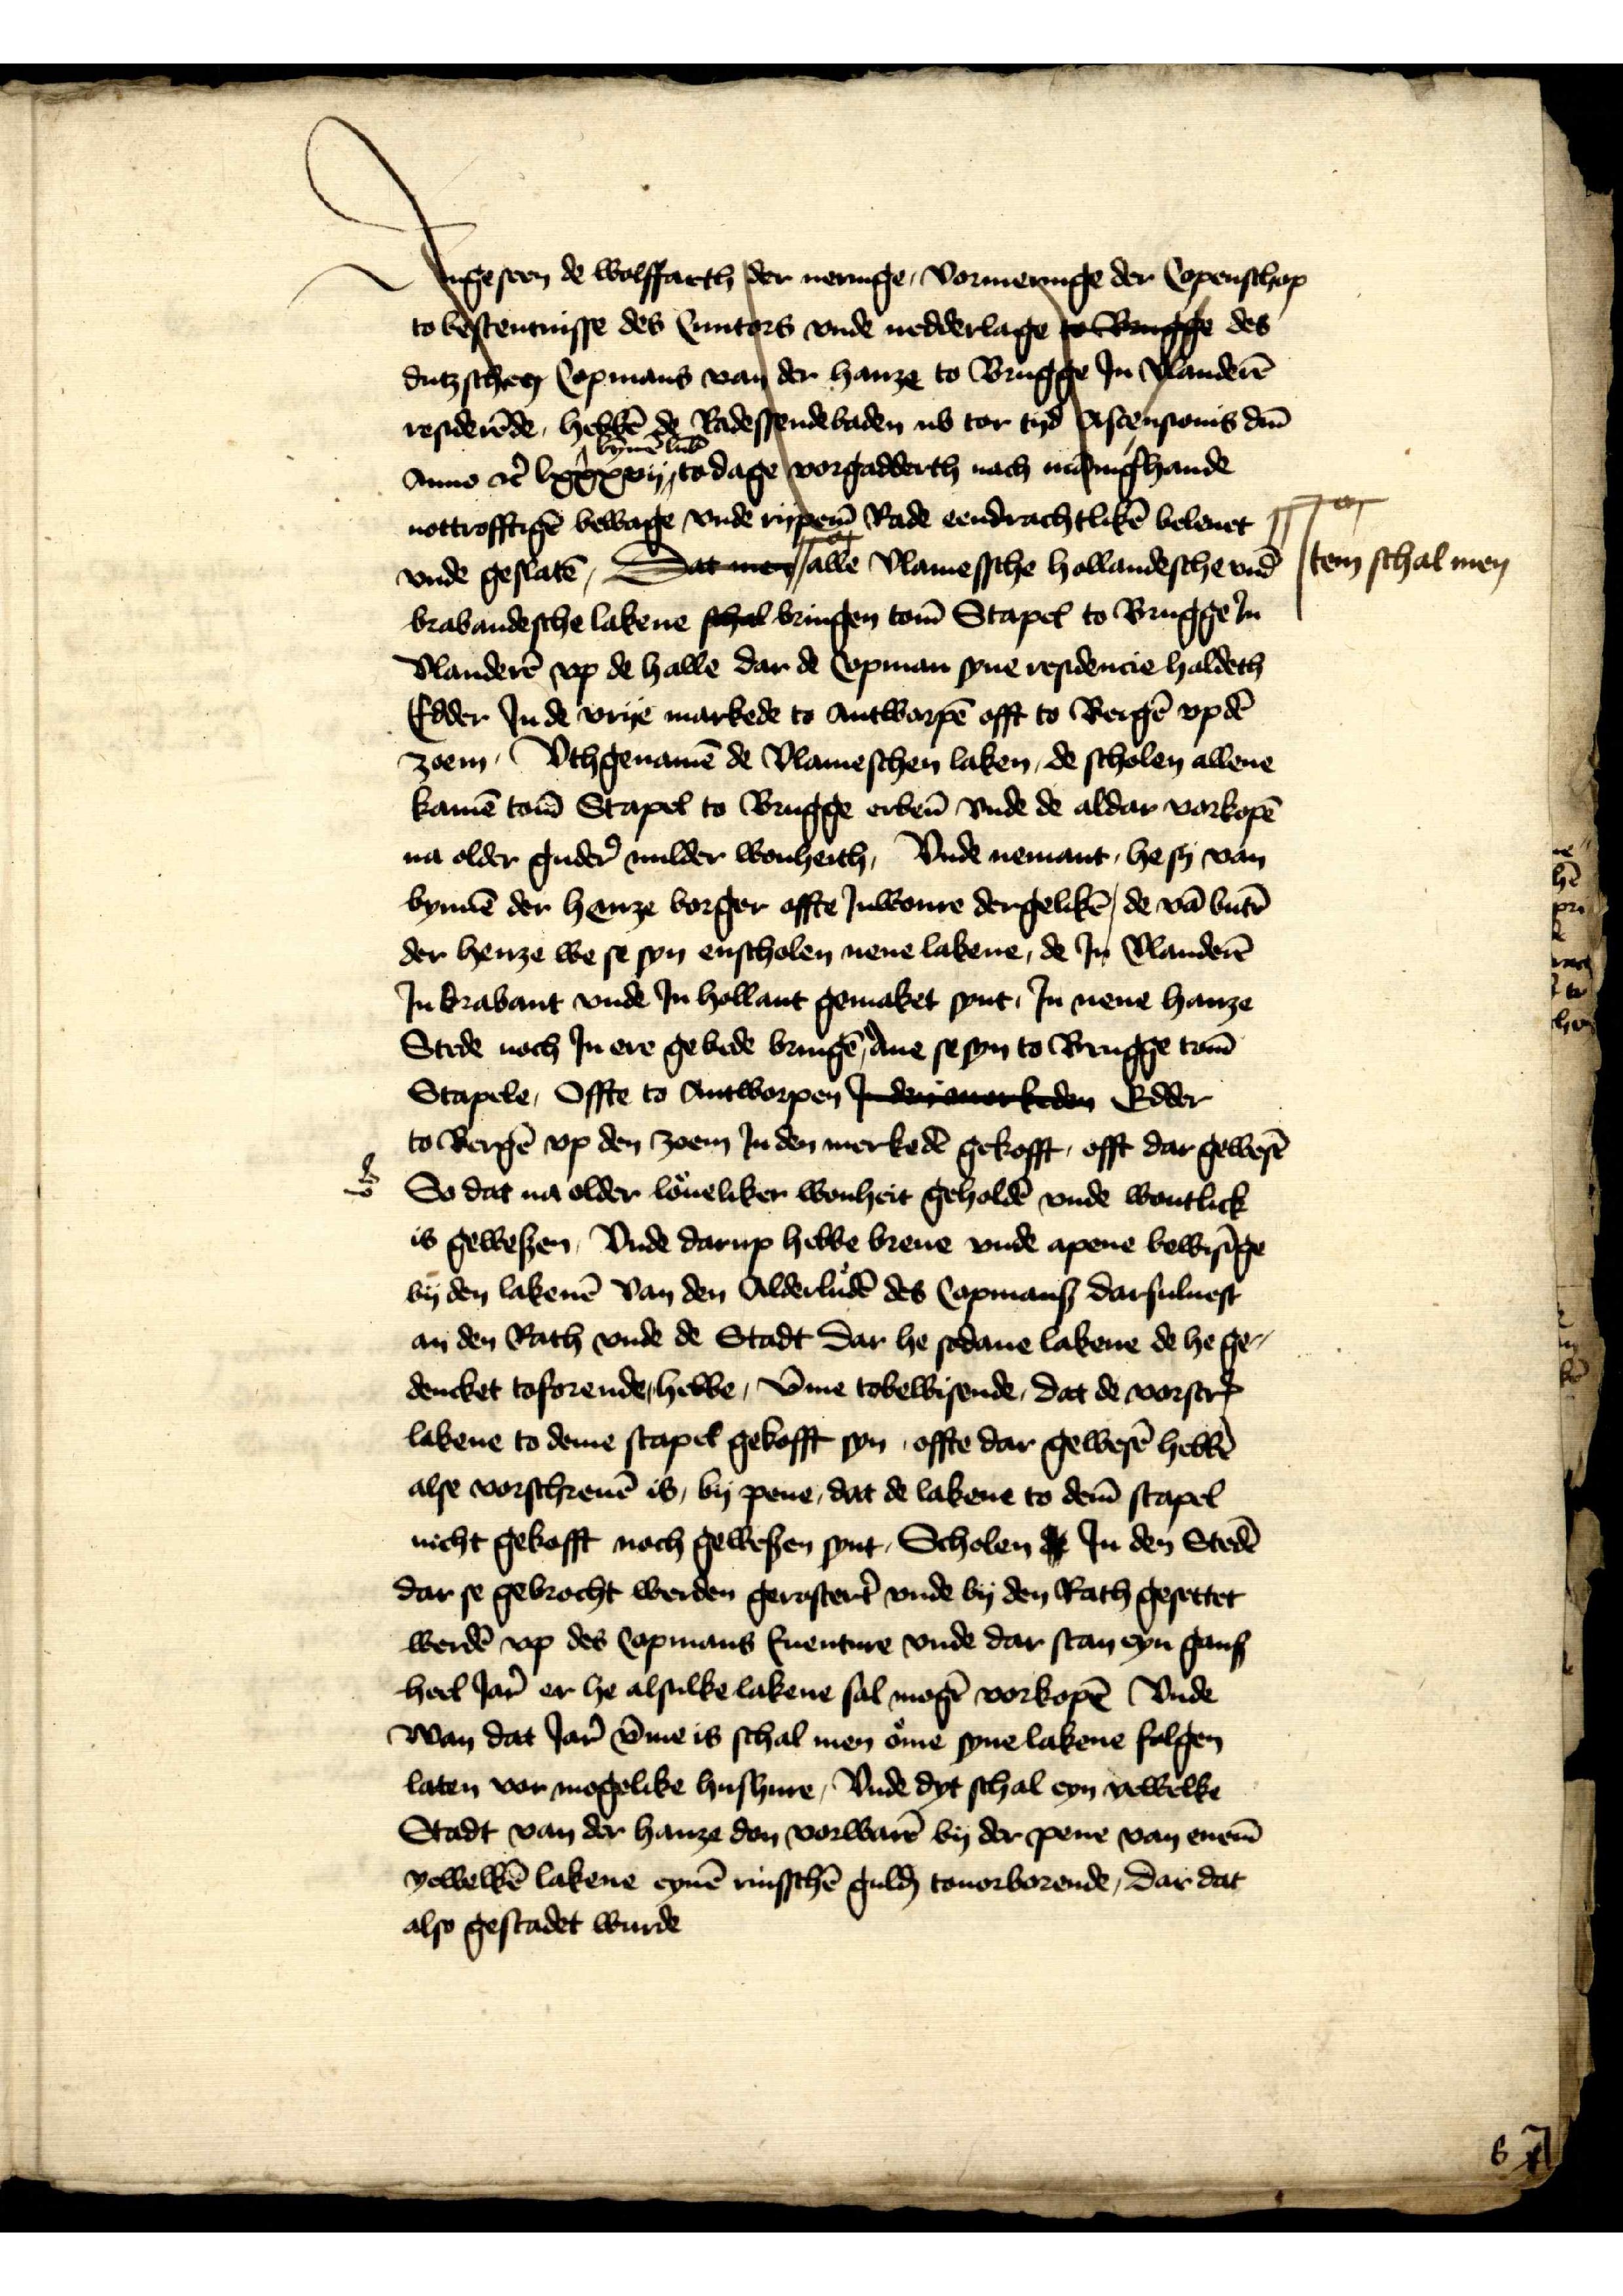
# Jtem schal men

J tigeseen de wolffarth der neringe, vormeringe der Copenschop
to bostennisse des Cuntgrs vnde nedderlage to Bogffe des
dutzscheen Copmans van der hanze to Brugge Jn Wanderē 
residerēde, hebkē de Radessendebaden ub tor tyd Rstensomis dm̄ 
Anno ettꝬ lxxxxij, to dage vorgadderth nach nusinghande 
nottrofftigē bewage vnde rype Rade eendrachtlikē beleuet 
# alle Vlamessche Hollandesche vnd
brabandesche lakene schal bringen tom̄ Stapes to Brugge Jn
Vlanderē vp de halle dar de Copman syne residencie haldeth
Edder Jn de vrye markede to Antworpē offt to Bergē vp dē
zoem, vthgenamē de Vlameschen laken, de scholen allene
kamē tom̄ Stapel to Brugge erben̄ vnde de aldar vorkopē
na older gudere milder wonheith, Vnde nemant, he sy van
bynnē der henze borger offte Jnwonre dergelikē, de vā butē
der henze we se syn enscholen nene lakene, de Jn Vlanderē
Jn Brabant vnde Jn Hollant gemaket synt, Jn nene hanze
Stede noch Jn ere gebede bringē ane se syn to Brugge tom̄
Stapele, Offte to Antworpen Jndeauerkeden Edder
to Bergē vp den zoem Jn den merkedē gekofft, offt dar gewesē
So dat na older loͤueliker wonheit geholdē vnde wontlick
is gewesen, Vnde darup hebbe breue vnde apene bewisīge
by den lakenē van den Olderludē des Copmans darsuluest
an den Rath vnde de Stadt dar he sodane lakene de he ge¬
dencket toforende hebbe, v̄me tobewisende, dat de vorscrꝬ
lakene to deme stapel gekofft syn, offte dar gewesē hebbē
alse vorschreuē is, by pene, dat de lakene to dem̄ stapel
nicht gekofft noch gewesen synt Scholen de Jn den Stede
dar se gebrocht werden gerostert̉ vnde by den Rath gesettet
werde vp des Copmans Euenture vnde dar stan eyn gans
heel Jar̉ er he alsulke lakene sal mogē vorkopē Vnde
wan dat Jar̉ v̄me is schal men oͤme syne lakene folgen
laten vor mogelike hushure, Vnde dyt schal eyn yewelke
Stadt van der hanze don vorwarē by der pene van enem̄
yewelkē lakene eynē rinsschē gulḑ touorborende, dar dat
also gestadet wurde